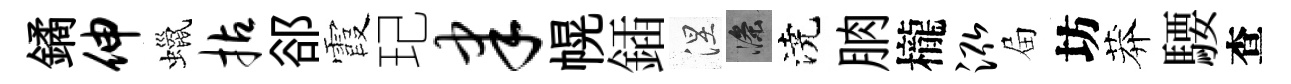
鐍伸蠟拈郤霞玘聿幌鍤涅滌澆朒櫳泓屇坊莽騕查